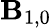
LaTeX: \mathbf{B}_{1,0}